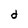
Character: d